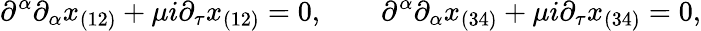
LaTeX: \partial^{\alpha}\partial_{\alpha}x_{(12)}+\mu i\partial_{\tau}x_{(12)}=0,\qquad\partial^{\alpha}\partial_{\alpha}x_{(34)}+\mu i\partial_{\tau}x_{(34)}=0,